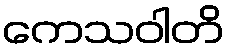
ကေသဝါတိ